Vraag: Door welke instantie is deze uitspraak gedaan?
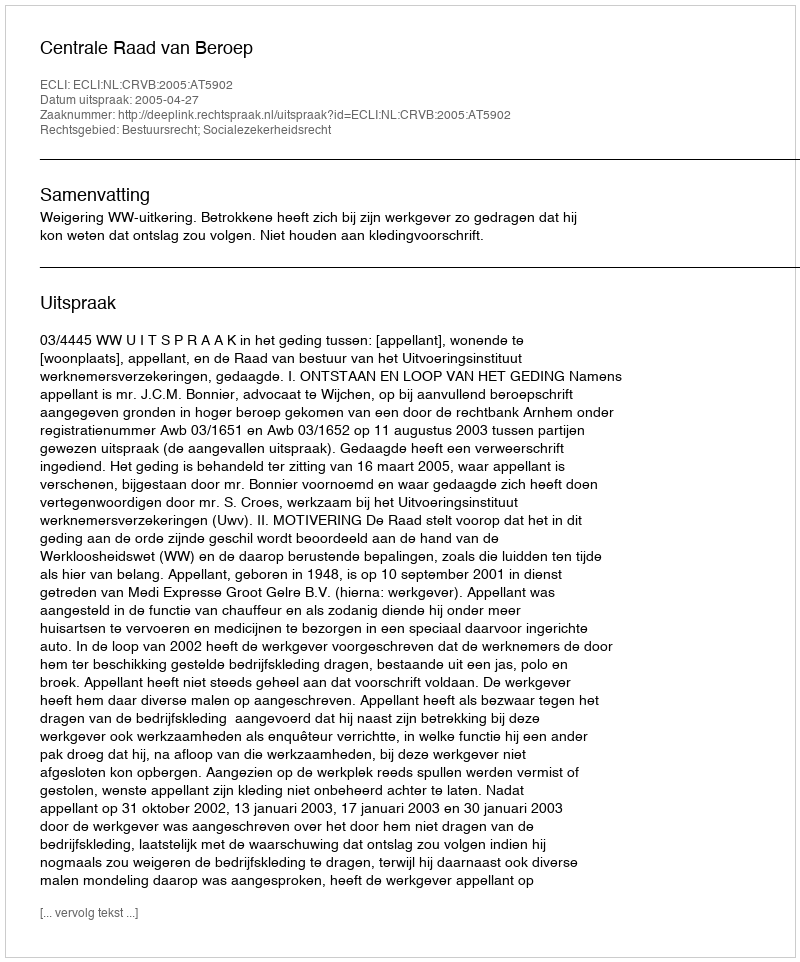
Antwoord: Centrale Raad van Beroep